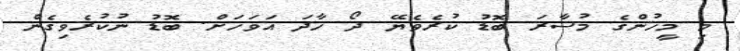
މި މީހުންގެ މުސާރަ ބޮޑު ކުރެވެޔޭ ދޯ ހާދަ އަވަހަށް. ބޮޑު ނުކުރެވިގެން